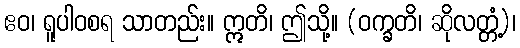
ဧဝ၊ ရူပါဝစရ သာတည်း။ ဣတိ၊ ဤသို့။ (ဝက္ခတိ၊ ဆိုလတ္တံ့)၊